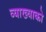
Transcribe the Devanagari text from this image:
व्याख्याको